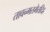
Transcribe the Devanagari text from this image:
तावन्मतमेतदिह